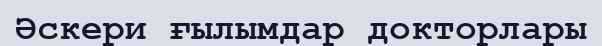
Әскери ғылымдар докторлары